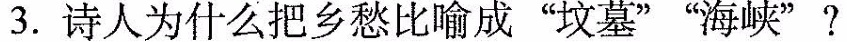
3.诗人为什么把乡愁比喻成”坟墓””海峡”?